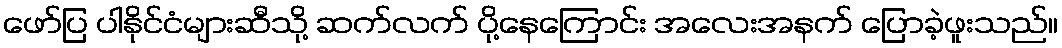
ဖော်ပြ ပါနိုင်ငံများဆီသို့ ဆက်လက် ပို့နေကြောင်း အလေးအနက် ပြောခဲ့ဖူးသည်။